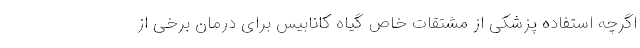
اگرچه استفاده پزشکی از مشتقات خاص گیاه کانابیس برای درمان برخی از